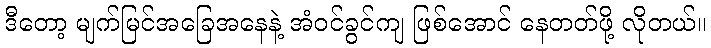
ဒီတော့ မျက်မြင်အခြေအနေနဲ့ အံဝင်ခွင်ကျ ဖြစ်အောင် နေတတ်ဖို့ လိုတယ်။